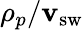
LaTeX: \rho_{p}/\mathbf{v}_{\textrm{{sw}}}